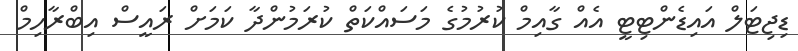
ޑިޖިޓަލް އައިޑެންޓިޓީ އެއް ގާއިމް ކުރުމުގެ މަސައްކަތް ކުރަމުންދާ ކަމަށް ރައީސް އިބްރާހިމް